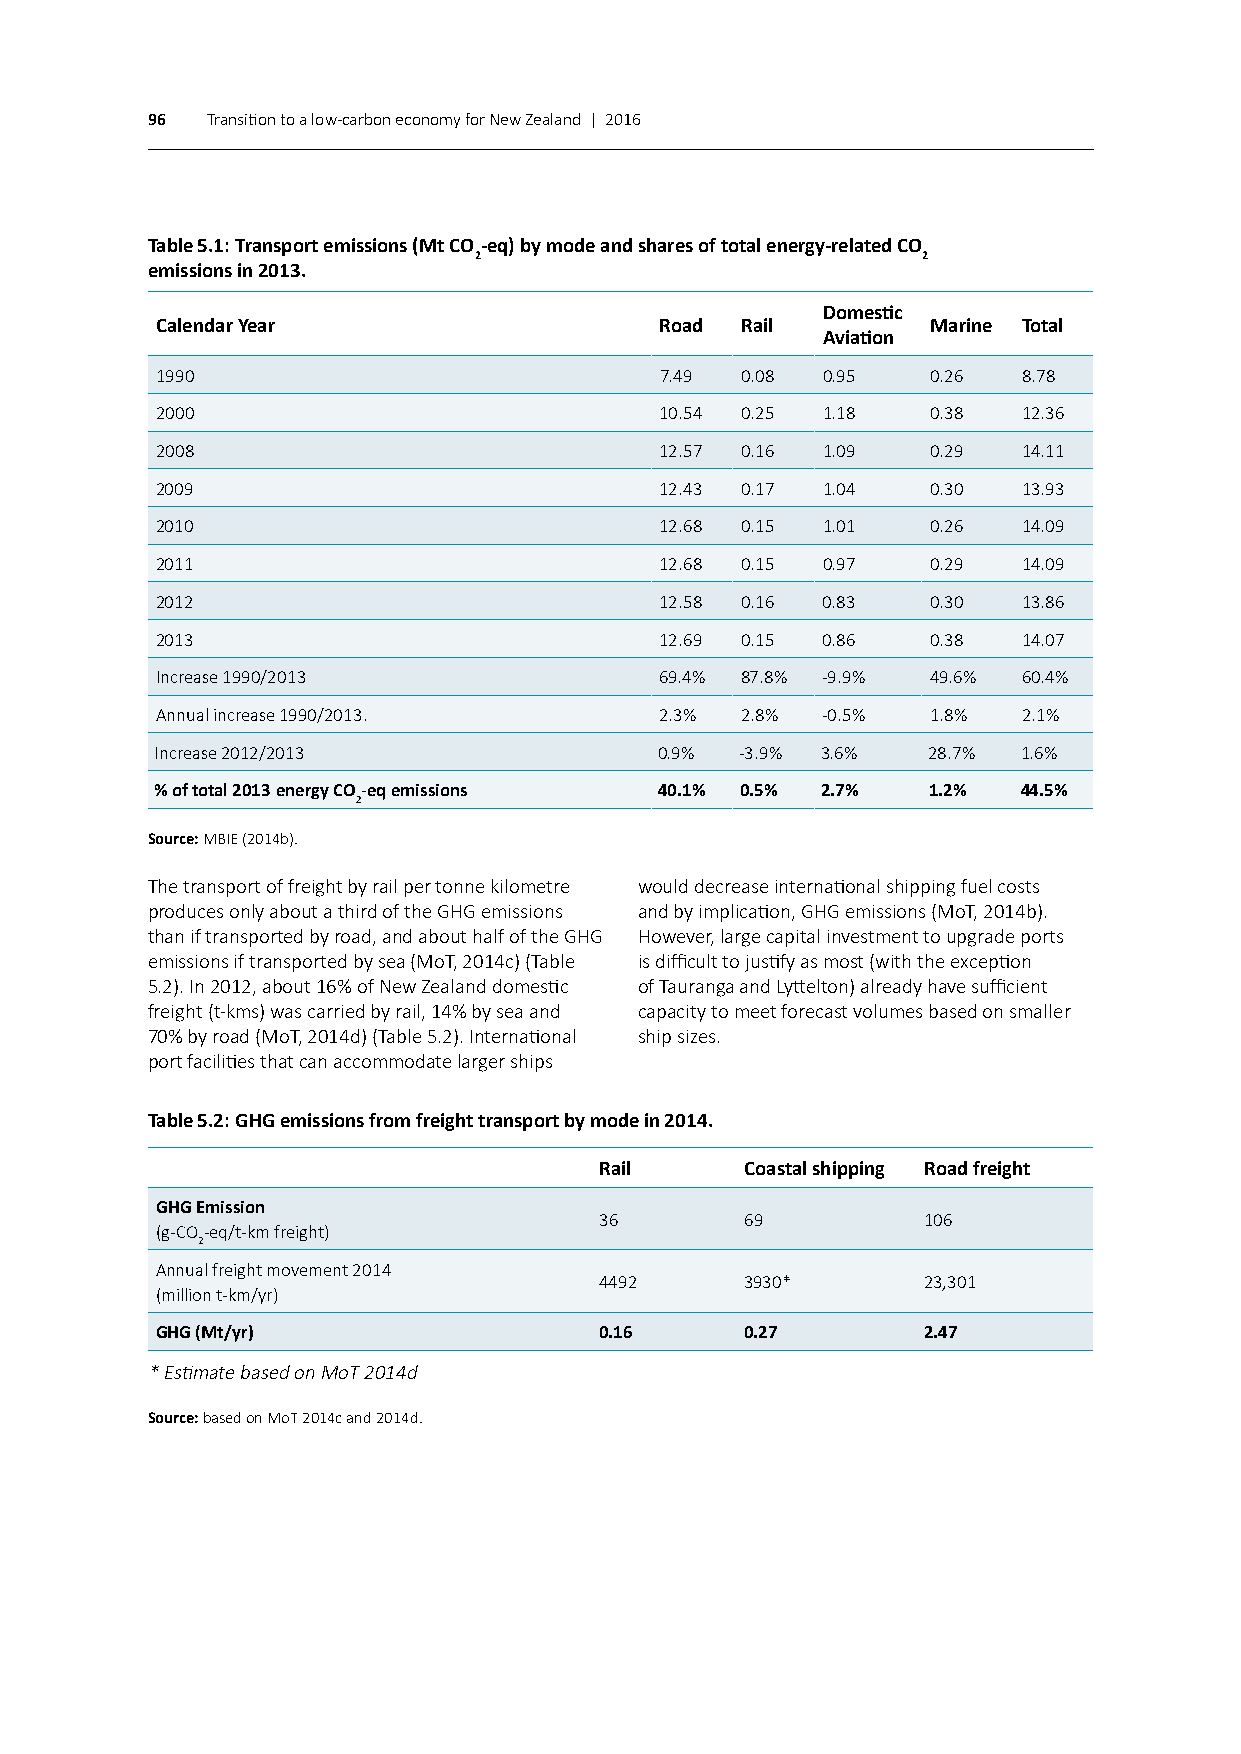
96  Transition to a low-carbon economy for New Zealand | 2016
 Table 5.1: Transport emissions (Mt CO-eq) by mode and shares of total energy-related CO
 2                             2
 emissions in 2013.
 Domestic
 Calendar Year                     Road Rail         Marine Total
 Aviation
 1990                              7.49 0.08 0.95    0.26  8.78
 2000                              10.54 0.25 1.18   0.38  12.36
 2008                              12.57 0.16 1.09   0.29  14.11
 2009                              12.43 0.17 1.04   0.30  13.93
 2010                              12.68 0.15 1.01   0.26  14.09
 2011                              12.68 0.15 0.97   0.29  14.09
 2012                              12.58 0.16 0.83   0.30  13.86
 2013                              12.69 0.15 0.86   0.38  14.07
 Increase 1990/2013                69.4% 87.8% -9.9% 49.6% 60.4%
 Annual increase 1990/2013.        2.3% 2.8% -0.5%   1.8%  2.1%
 Increase 2012/2013                0.9% -3.9% 3.6%  28.7%  1.6%
 % of total 2013 energy CO-eq emissions 40.1% 0.5% 2.7% 1.2% 44.5%
 2
 Source: MBIE (2014b).
 The transport of freight by rail per tonne kilometre would decrease international shipping fuel costs
 produces only about a third of the GHG emissions and by implication, GHG emissions (MoT, 2014b).
 than if transported by road, and about half of the GHG However, large capital investment to upgrade ports
 emissions if transported by sea (MoT, 2014c) (Table is difficult to justify as most (with the exception
 5.2). In 2012, about 16% of New Zealand domestic of Tauranga and Lyttelton) already have sufficient
 freight (t-kms) was carried by rail, 14% by sea and capacity to meet forecast volumes based on smaller
 70% by road (MoT, 2014d) (Table 5.2). International ship sizes.
 port facilities that can accommodate larger ships
 Table 5.2: GHG emissions from freight transport by mode in 2014.
 Rail     Coastal shipping Road freight
 GHG Emission
 36       69          106
 (g-CO-eq/t-km freight)
 2
 Annual freight movement 2014
 4492     3930*       23,301
 (million t-km/yr)
 GHG (Mt/yr)                   0.16     0.27        2.47
 * Estimate based on MoT 2014d
 Source: based on MoT 2014c and 2014d.